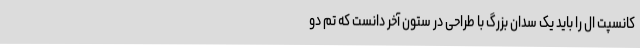
کانسپت ال را باید یک سدان بزرگ با طراحی در ستون آخر دانست که تم دو